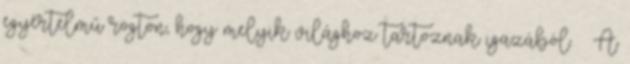
egyértelmű rögtön, hogy melyik világhoz tartoznak igazából. – A